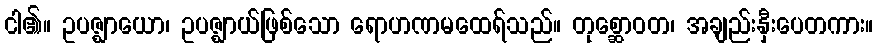
ငါ၏။ ဥပဇ္ဈာယော၊ ဥပဇ္ဈာယ်ဖြစ်သော ရောဟဏမထေရ်သည်။ တုစ္ဆောဝတ၊ အချည်းနှီးပေတကား။